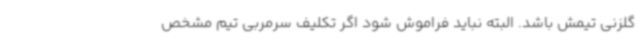
گلزنی تیمش باشد. البته نباید فراموش شود اگر تکلیف سرمربی تیم مشخص